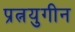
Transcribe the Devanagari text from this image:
प्रत्नयुगीन